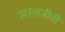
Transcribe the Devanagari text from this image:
सरलजीवी